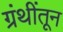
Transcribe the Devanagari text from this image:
ग्रंथींतून